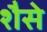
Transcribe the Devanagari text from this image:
शैसे